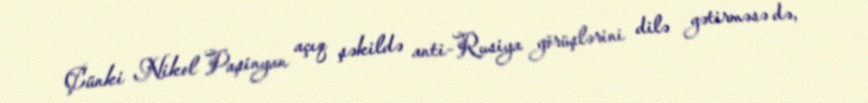
Çünki Nikol Paşinyan açıq şəkildə anti-Rusiya görüşlərini dilə gətirməsə də,